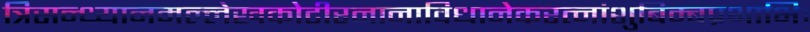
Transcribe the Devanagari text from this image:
त्रिसन्ध्यानमल्लेखकोटीरनानाविधानेकरत्नांशुबिम्बप्रभाभिः